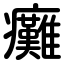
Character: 癱